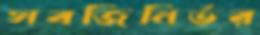
সবজিনির্ভর